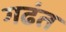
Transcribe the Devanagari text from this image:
गढंत